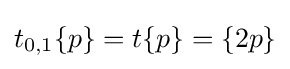
t_{0,1}\{p\}=t\{p\}=\{2p\}